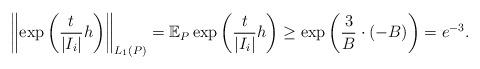
LaTeX: \begin{align*} \left\| \exp \left( \frac{t}{|I_i|} h \right) \right\|_{L_1(P)}= \mathbb E_P \exp \left( \frac{t}{|I_i|} h \right)\geq \exp \left( \frac{3}{B} \cdot (-B) \right)= e^{-3}.\end{align*}